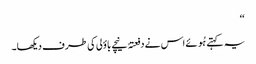
‘‘
یہ کہتے ہُوئے اس نے دفعتہً نیچے باؤلی کی طرف دیکھا۔